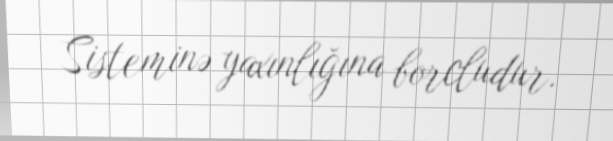
Sisteminə yaxınlığına borcludur.